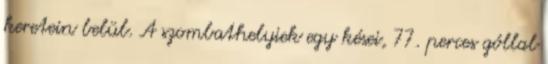
keretein belül. A szombathelyiek egy kései, 77. perces góllal